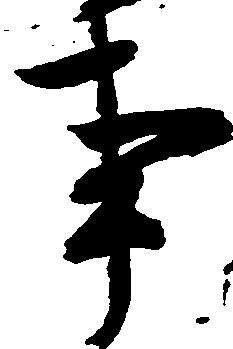
事